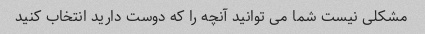
مشکلی نیست شما می توانید آنچه را که دوست دارید انتخاب کنید